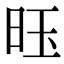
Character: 𫞂